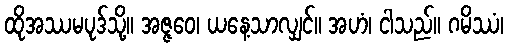
ထိုအဿမပုဒ်သို့။ အဇ္ဇဝေ၊ ယနေ့သာလျှင်။ အဟံ၊ ငါသည်။ ဂမိဿံ၊